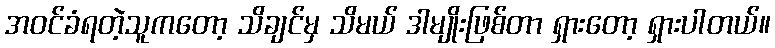
အဝင်ခံရတဲ့သူကတော့ သိချင်မှ သိမယ် ဒါမျိုးဖြစ်တာ ရှားတော့ ရှားပါတယ်။